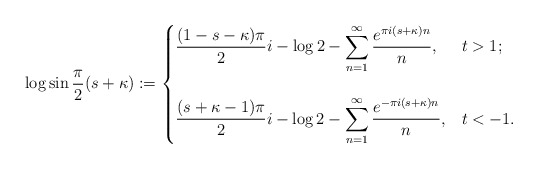
\begin{align*}\log{\sin{\frac{\pi}{2}(s+\kappa)}} :=\begin{cases}\displaystyle \frac{(1-s-\kappa)\pi}{2}i - \log{2} - \sum_{n=1}^\infty \frac{e^{\pi i(s+\kappa)n}}{n},& t>1; \\\\\displaystyle \frac{(s+\kappa-1)\pi}{2}i - \log{2} - \sum_{n=1}^\infty \frac{e^{-\pi i(s+\kappa)n}}{n},& t<-1.\end{cases}\end{align*}